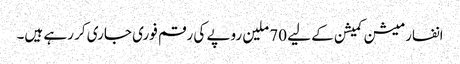
انفارمیشن کمیشن کے لیے 70 ملین روپے کی رقم فوری جاری کر رہے ہیں۔